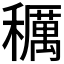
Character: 𥣭